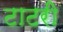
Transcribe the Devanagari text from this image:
टाटरी